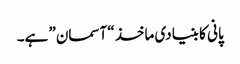
پانی کا بنیادی ماخذ “آسمان” ہے۔